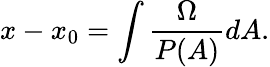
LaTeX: x-x_{0}=\int\frac{\Omega}{P(A)}dA.